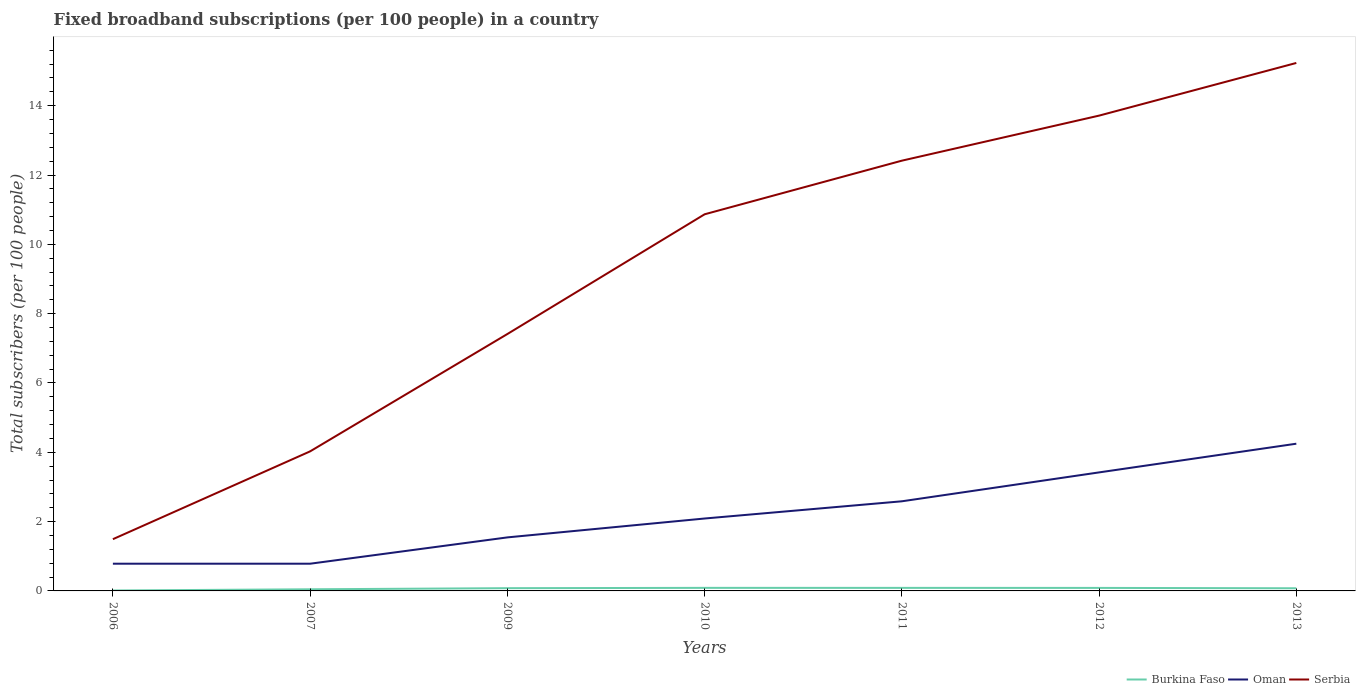
| Years | Burkina Faso | Oman | Serbia |
 | --- | --- | --- | --- |
 | 2006 | 0.0124 | 0.785 | 1.49 |
 | 2007 | 0.0473 | 0.785 | 4.03 |
 | 2009 | 0.0791 | 1.54 | 7.41 |
 | 2010 | 0.0882 | 2.09 | 10.9 |
 | 2011 | 0.0879 | 2.59 | 12.4 |
 | 2012 | 0.087 | 3.42 | 13.7 |
 | 2013 | 0.0765 | 4.25 | 15.2 |